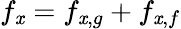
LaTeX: f_{\mathit{x}}=f_{\mathit{x},g}+f_{\mathit{x},f}